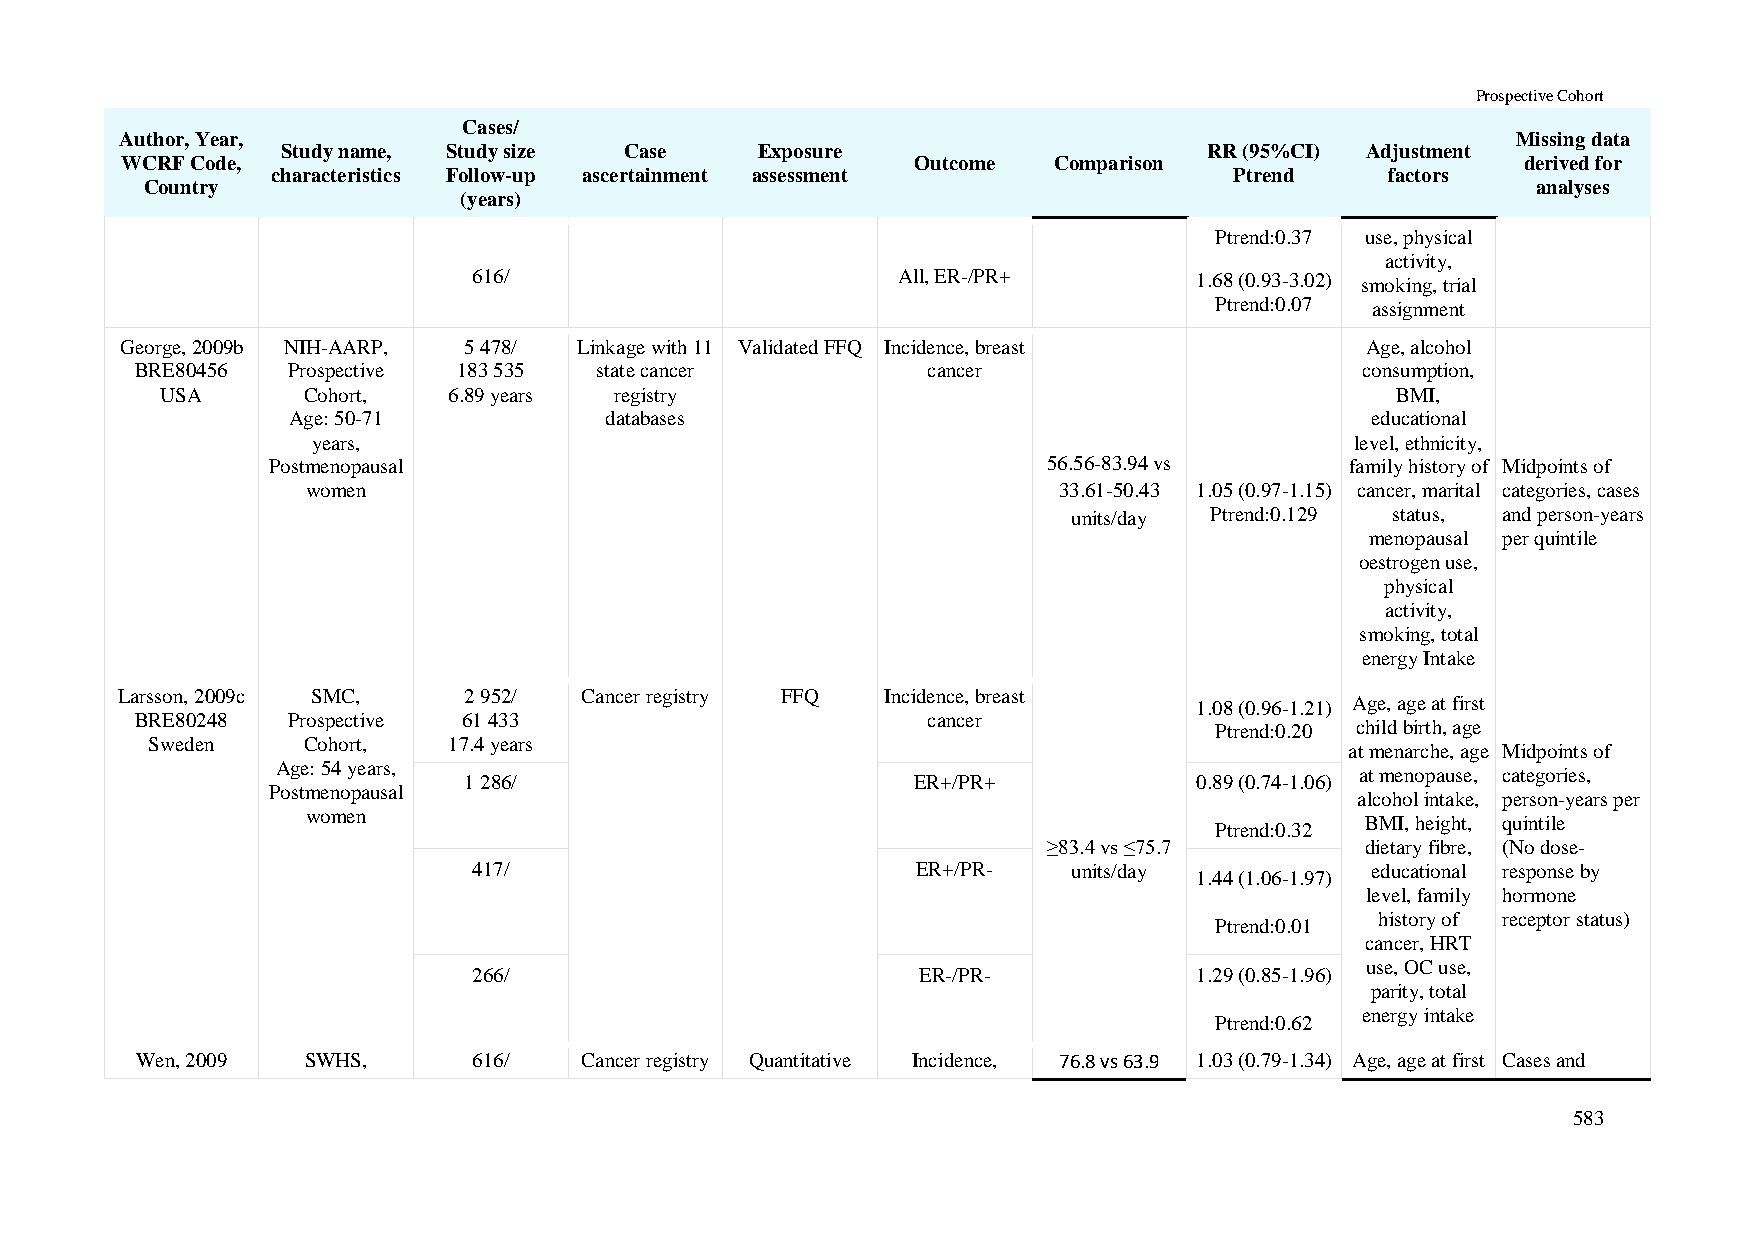
Prospective Cohort
 Cases/
 Author, Year,                                                                               Missing data
 Study name, Study size Case    Exposure                      RR (95%CI) Adjustment
 WCRF Code,                                           Outcome  Comparison                     derived for
 characteristics Follow-up ascertainment assessment              Ptrend    factors
 Country                                                                                     analyses
 (years)
 Ptrend:0.37 use, physical
 activity,
 616/                        All, ER-/PR+        1.68 (0.93-3.02) smoking, trial
 Ptrend:0.07 assignment
 George, 2009b NIH-AARP, 5 478/ Linkage with 11 Validated FFQ Incidence, breast    Age, alcohol
 BRE80456  Prospective 183 535 state cancer          cancer                       consumption,
 USA      Cohort,   6.89 years registry                                           BMI,
 Age: 50-71           databases                                          educational
 years,                                                               level, ethnicity,
 Postmenopausal                                     56.56-83.94 vs      family history of Midpoints of
 women                                             33.61-50.43 1.05 (0.97-1.15) cancer, marital categories, cases
 units/day Ptrend:0.129 status, and person-years
 menopausal per quintile
 oestrogen use,
 physical
 activity,
 smoking, total
 energy Intake
 Larsson, 2009c SMC,    2 952/ Cancer registry FFQ  Incidence, breast
 1.08 (0.96-1.21) Age, age at first
 BRE80248  Prospective 61 433                        cancer
 Ptrend:0.20 child birth, age
 Sweden    Cohort,   17.4 years
 at menarche, age Midpoints of
 Age: 54 years,
 at menopause, categories,
 1 286/                        ER+/PR+           0.89 (0.74-1.06)
 Postmenopausal
 alcohol intake, person-years per
 women
 BMI, height, quintile
 Ptrend:0.32
 ≥83.4 vs ≤75.7       dietary fibre, (No dose-
 417/                          ER+/PR-   units/day           educational response by
 1.44 (1.06-1.97)
 level, family hormone
 history of receptor status)
 Ptrend:0.01
 cancer, HRT
 use, OC use,
 266/                          ER-/PR-           1.29 (0.85-1.96)
 parity, total
 energy intake
 Ptrend:0.62
 Wen, 2009  SWHS,      616/   Cancer registry Quantitative Incidence, 76.8 vs 63.9 1.03 (0.79-1.34) Age, age at first Cases and
 583